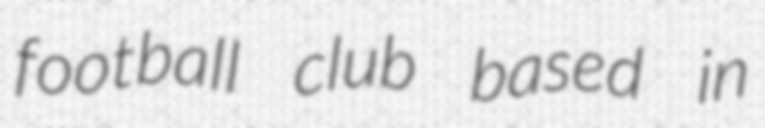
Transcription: football club based in